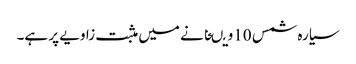
سیارہ شمس 10ویںخانے میں مثبت زاویے پر ہے۔